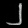
Digit: ၂